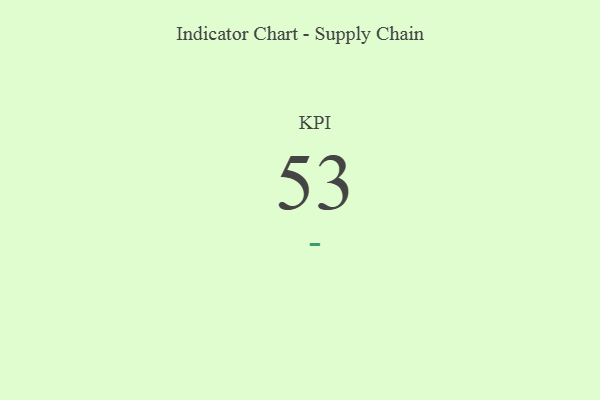
{"axis": {"x": "KPI", "y": "Value"}, "legend": [""], "data": [{"x": "KPI", "y": 53, "type": ""}]}